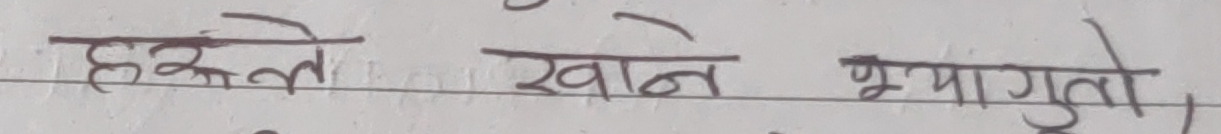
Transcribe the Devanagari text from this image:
हरूले खाने कुरा गयो।